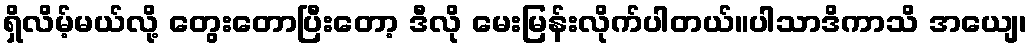
ရှိလိမ့်မယ်လို့ တွေးတောပြီးတော့ ဒီလို မေးမြန်းလိုက်ပါတယ်။ပါသာဒိကာသိ အယျေ၊